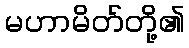
မဟာမိတ်တို့၏